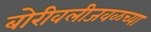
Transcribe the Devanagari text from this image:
बोरीवलीजवळच्या